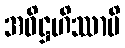
အဓိဋ္ဌဟိဿာမိ